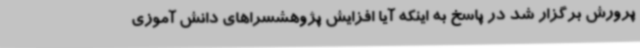
پرورش برگزار شد در پاسخ به اینکه آیا افزایش پژوهشسراهای دانش آموزی